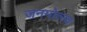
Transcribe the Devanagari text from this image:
जनमोत्स्व